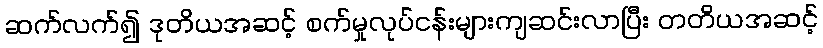
ဆက်လက်၍ ဒုတိယအဆင့် စက်မှုလုပ်ငန်းများကျဆင်းလာပြီး တတိယအဆင့်